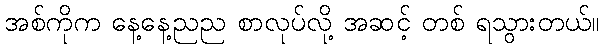
အစ်ကိုက နေ့နေ့ညည စာလုပ်လို့ အဆင့် တစ် ရသွားတယ်။